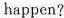
happen?